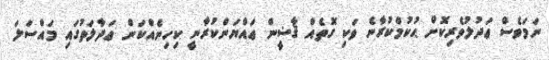
ނަމަވެސް ޢަދުލުވެރިކޮށް ޙުކުމްކުރާނެ ވަކި ގޮތެއް ޤާޟީން ޢައްޔަންކުރާނީ ކިހިނެއްކަން ޢަދާލަތުގައި މައްސަލަ